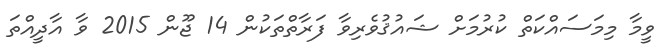
ވީމާ މިމަސައްކަތް ކުރުމަށް ޝައުޤުވެރިވާ ފަރާތްތަކުން 14 ޖޫން 2015 ވާ އާދީއްތަ